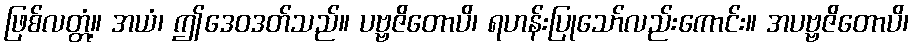
ဖြစ်လတ္တံ့။ အယံ၊ ဤဒေဝဒတ်သည်။ ပဗ္ဗဇိတောပိ၊ ရဟန်းပြုသော်လည်းကောင်း။ အပဗ္ဗဇိတောပိ၊